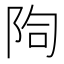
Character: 𨹐